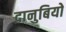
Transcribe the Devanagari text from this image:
दानुबियो